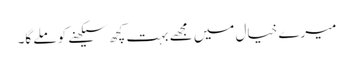
میرے خیال میں مجھے بہت کچھ سیکھنے کو ملے گا۔